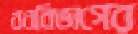
বনবিভাগের